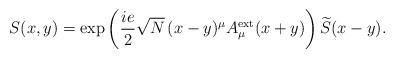
LaTeX: \begin{align*}S(x,y)=\exp \left(\frac{ie}{2}\sqrt{N}\,(x-y)^{\mu}A_{\mu}^{\rm ext}(x+y)\right) \widetilde{S}(x-y).\end{align*}